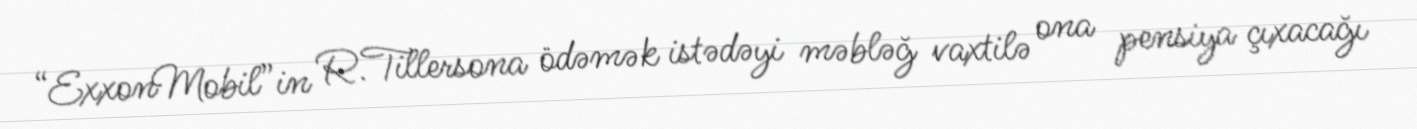
“ExxonMobil”in R.Tillersona ödəmək istədəyi məbləğ vaxtilə ona pensiya çıxacağı